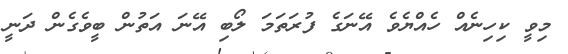
މިވީ ކިހިނެއް ހެއްޔެވެ އޭނަގެ ފުރަތަމަ ލޯބި އޭނަ އަތުން ބީވެގެން ދަނީ